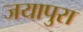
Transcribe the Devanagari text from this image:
जयापुरा